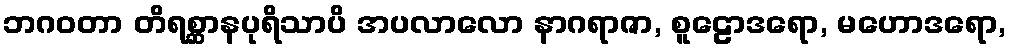
ဘဂဝတာ တိရစ္ဆာနပုရိသာပိ အပလာလော နာဂရာဇာ, စူဠောဒရော, မဟောဒရော,